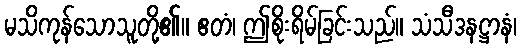
မသိကုန်သောသူတို့၏။ ဧတံ၊ ဤစိုးရိမ်ခြင်းသည်။ သံသီဒနဋ္ဌာနံ၊